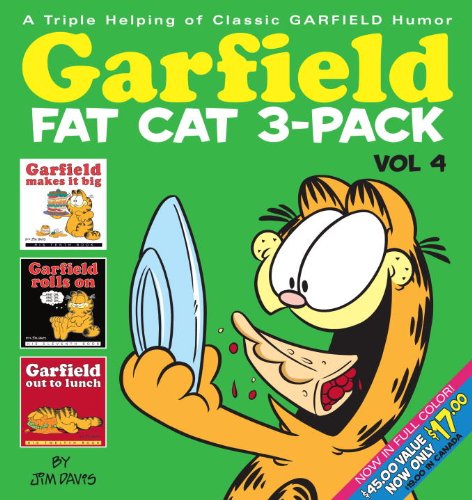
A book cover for Garfield Fat Cat 3-Pack #4; Jim Davis; Humor & Entertainment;